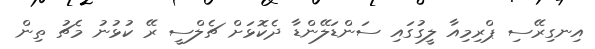
އިނގިރޭސި ޕްރިމިއާ ލީގުގައި ސަންޑަލޭންޑާ ދެކޮޅަށް ޗެލްސީ ރޭ ކުޅުނު މެޗު ތިން